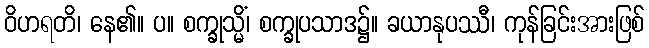
ဝိဟရတိ၊ နေ၏။ ပ။ စက္ခုသ္မိံ၊ စက္ခုပသာဒ၌။ ခယာနုပဿီ၊ ကုန်ခြင်းအားဖြစ်